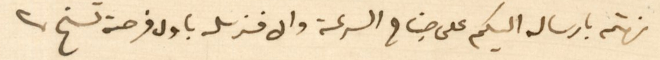
نهتم بارساله اليكم على جناح السرعة والا فنرسله باول فرصة تسنح.